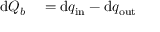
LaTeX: \begin{array} { r l } { \mathrm { d } Q _ { b } } & { { } = \mathrm { d } q _ { \mathrm { i n } } - \mathrm { d } q _ { \mathrm { o u t } } } \end{array}